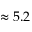
\approx 5 . 2